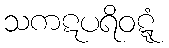
သကဋပရိဝဋ္ဋံ